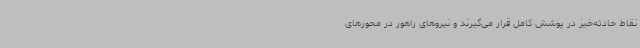
نقاط حادثه‌خیز در پوشش کامل قرار می‌گیرند و نیروهای راهور در محورهای